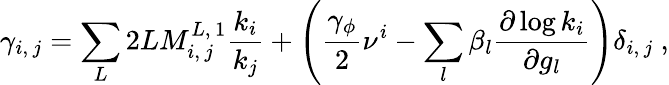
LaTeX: \gamma_{i,\, j}=\sum_{L}2LM_{i,\, j}^{L,\, 1}\frac{k_{i}}{k_{j}}+\left(\frac{\gamma_{\phi}}{2}\nu^{i}-\sum_{l}\beta_{l}\frac{\partial\log{k_{i}}}{\partial g_{l}}\right)\delta_{i,\, j}\ ,